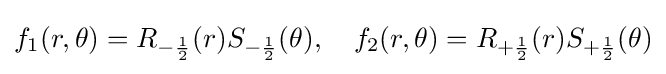
f_{1}(r,\theta )=R_{-{\frac {1}{2}}}(r)S_{-{\frac {1}{2}}}(\theta ),\quad f_{2}(r,\theta )=R_{+{\frac {1}{2}}}(r)S_{+{\frac {1}{2}}}(\theta )